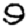
Digit: 9